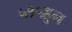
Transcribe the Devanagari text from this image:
५१५हून